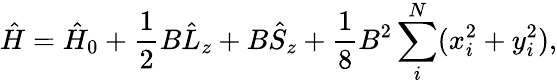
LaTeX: \hat{H}=\hat{H}_{0}+\frac{1}{2}B\hat{L}_{z}+B\hat{S}_{z}+\frac{1}{8}B^{2}\sum_{i}^{N}(x_{i}^{2}+y_{i}^{2}),